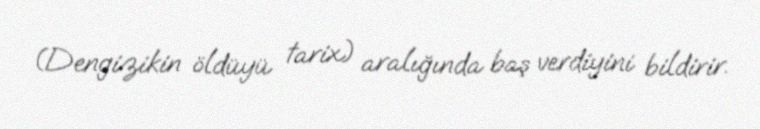
(Dengizikin öldüyü tarix) aralığında baş verdiyini bildirir.